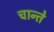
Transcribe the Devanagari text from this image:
चान्ते